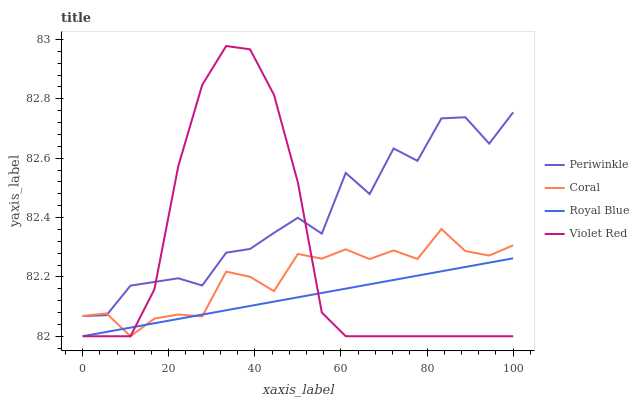
| xaxis_label | Periwinkle | Coral | Royal Blue | Violet Red |
 | --- | --- | --- | --- | --- |
 | 0 | 82.1 | 82.1 | 82 | 82 |
 | 5.56 | 82.1 | 82.1 | 82 | 82 |
 | 11.1 | 82.2 | 82 | 82 | 82 |
 | 16.7 | 82.2 | 82.1 | 82 | 82.2 |
 | 22.2 | 82.2 | 82.1 | 82.1 | 82.6 |
 | 27.8 | 82.2 | 82.1 | 82.1 | 82.8 |
 | 33.3 | 82.3 | 82.2 | 82.1 | 83 |
 | 38.9 | 82.3 | 82.2 | 82.1 | 83 |
 | 44.4 | 82.3 | 82.2 | 82.1 | 82.8 |
 | 50 | 82.4 | 82.3 | 82.1 | 82.5 |
 | 55.6 | 82.3 | 82.3 | 82.1 | 82.1 |
 | 61.1 | 82.6 | 82.3 | 82.2 | 82 |
 | 66.7 | 82.5 | 82.3 | 82.2 | 82 |
 | 72.2 | 82.6 | 82.3 | 82.2 | 82 |
 | 77.8 | 82.6 | 82.3 | 82.2 | 82 |
 | 83.3 | 82.7 | 82.4 | 82.2 | 82 |
 | 88.9 | 82.7 | 82.3 | 82.2 | 82 |
 | 94.4 | 82.6 | 82.3 | 82.2 | 82 |
 | 100 | 82.8 | 82.3 | 82.3 | 82 |